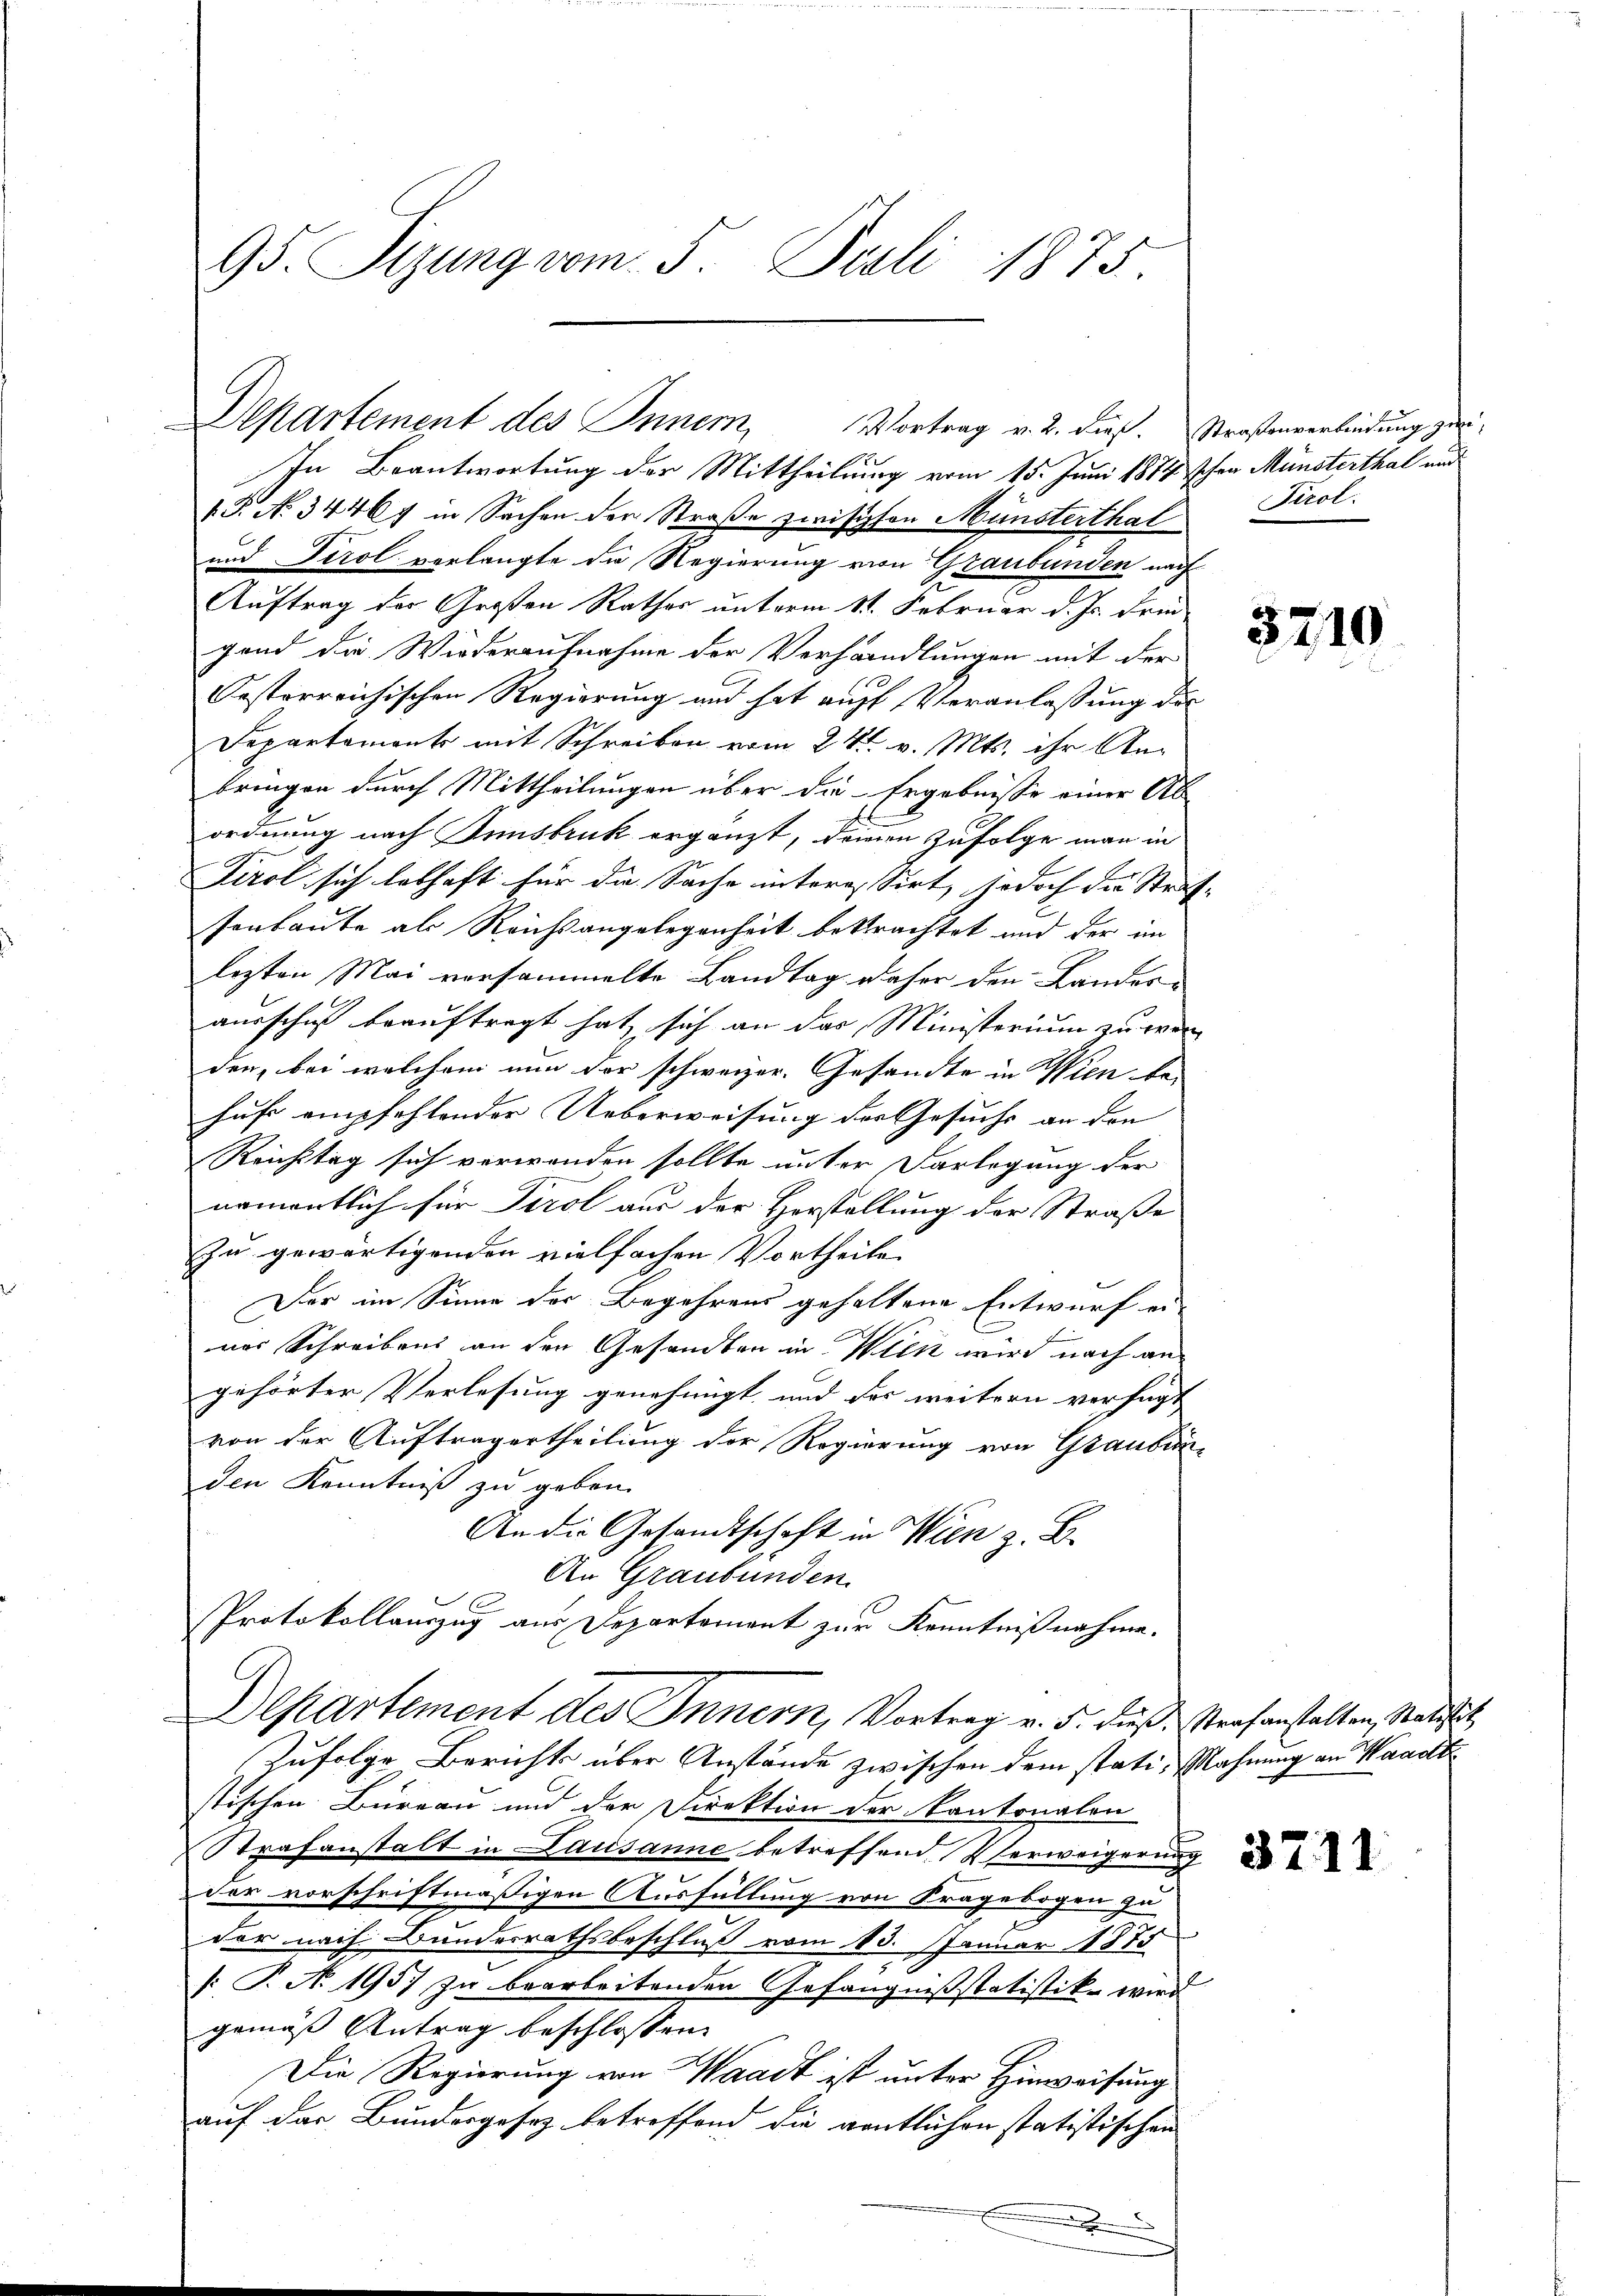
95. Sizung vom 5. Juli 1875

Departement des Innern, Vortrag v. 2. dieß. Straßenverbindung zu¬

In Beantwortung der Mittheilung vom 15. Juni 1874 schon Münsterthal und
S. N. 34467 in Sachen der Straße zwischen Münsterthal
und Tirol verlangte die Regierung von Graubünden nach
Auftrag der Großen Rathes unterm 11. Februar d. Js. Frie
gend die Wiederaufnahme der Verhandlungen mit der
Oesterreichischen Regierung und hat auff Veranlassung des
Departemonts mit Schreiben vom 24. v. Mts. ihr An-
bringen durch Mittheilungen über die Ergebnisse einer Ab-
ordnung nach Innsbruk ergänzt, dammen zufolge man in
Tirol sich lebhaft für die Sache interessirt, jedoch die Straf- |
sorbaute als Reichsangelegenheit bestrachtet und der an
lezten Mai versammelte Landtag daher den Landes-
ausschuß beauftragt hat sich an das Ministerium zu werden, bei welchem nun der schweizer. Gesandte in Wien bei
hufe empfehlender Ueberweisung der Gesuchs an den |
Reichstag sich verwenden sollte unter Darlegung der
namentlich für Tirol aus der Horstellung der Straße
zu gewärtigenden vielfachen Vortheile
Der im Sinne der Begehrens gehaltene Entwurf ei-
ner Schreibens an den Gesandten in Wien wird nach angehörter Verlesung genehmigt und der weitern verfügt
von der Auftragertheilung der Regierung von Graubünden Kenntniß zu geben.
An die Gesandtschaft in Wien z. B.
An Graubünden
PProtokollauszug aus Departemont zur Kenntnißnahme.
Departement des Innern, Vortrag v. 5. dieß Strafanstalten, Satistit
Zufolge Berichts über Anstände zwischen dem stati, Mahnung an Waadt
stischen Büreau und der Direktion der Kantonalen
Strafanstalt in Lausanne betreffend Verweigerung
der vorschriftmäßigen Ausfüllung von Kragebogen zu
der nach Bundesrathsbeschluß vom 13. Januar 1875
[T. N. 1957 zu bearbeitenden Gefängnissstatistike wird
gemäß Antrag beschlossen:
Die Regierung von Waadt ist unter Hinweisung
auf das Bundergesez betreffend die gentlichen statistischen

Tirol.

3710

3711.